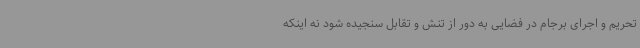
تحریم و اجرای برجام در فضایی به دور از تنش و تقابل سنجیده شود نه اینکه